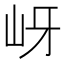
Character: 岈